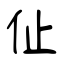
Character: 仩